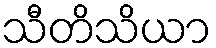
သီတိသိယာ